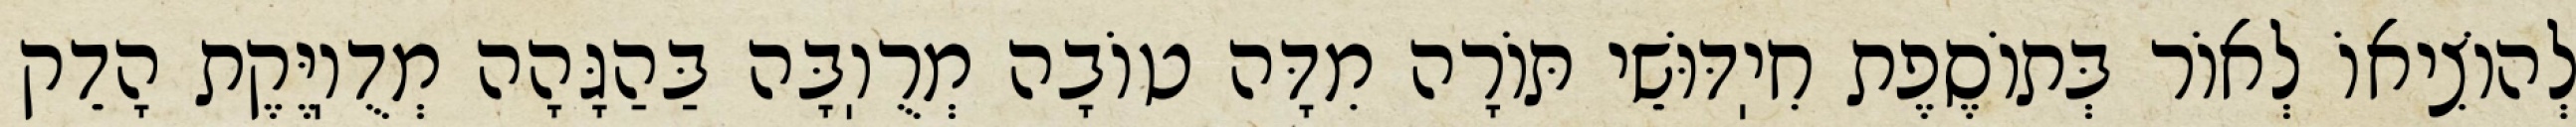
לְהוֹצִיאוֹ לְאוֹר בְּתוֹסֶפֶת חִיֽדּוּשֵׁי תּוֹרָה מִדָּה טוֹבָה מְרֻוֽבָּה בַּהַגָּהָה מְדֻוֽיֶּקֶת הָדֵק